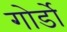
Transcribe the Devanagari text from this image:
गोर्डो